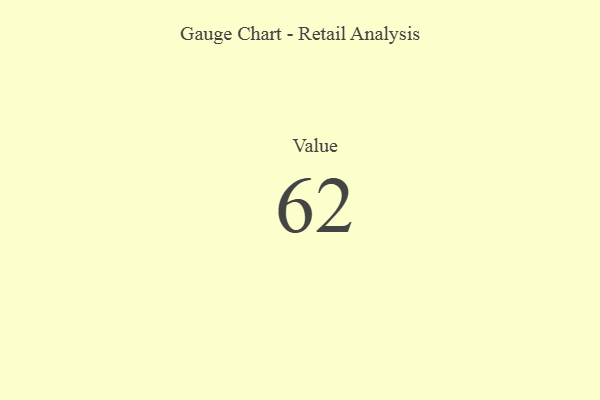
{"axis": {"x": "Metric", "y": "Value"}, "legend": [""], "data": [{"x": "Value", "y": 62, "type": ""}]}